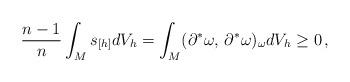
LaTeX: \begin{align*} \frac{n-1}{n}\int_M s_{[h]} dV_h = \int_M (\partial^* \omega, \, \partial^* \omega)_\omega dV_h \geq 0 \, , \end{align*}